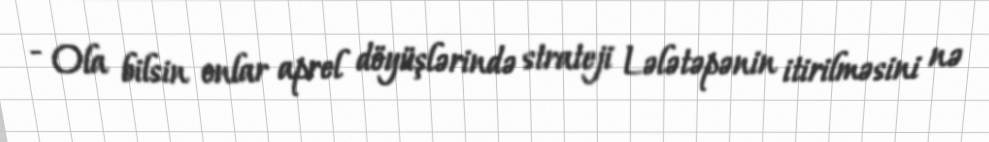
- Ola bilsin onlar aprel döyüşlərində strateji Lələtəpənin itirilməsini nə